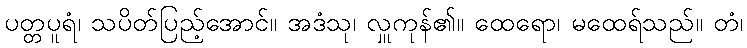
ပတ္တပူရံ၊ သပိတ်ပြည့်အောင်။ အဒံသု၊ လှူကုန်၏။ ထေရော၊ မထေရ်သည်။ တံ၊